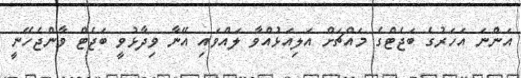
އަންނަ އަހަރުގެ ބަޖެޓްގެ މައްޗަށް އަލިއަޅުއްވާ ލައްވައި އޭނާ ވިދާޅުވީ ބަޖެޓް ވާންޖެހޭނީ